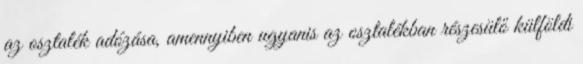
az osztalék adózása, amennyiben ugyanis az osztalékban részesülő külföldi